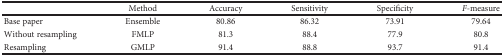
|  | Method | Accuracy | Sensitivity | Specificity | F-measure |
 | --- | --- | --- | --- | --- | --- |
 | Base paper | Ensemble | 80.86 | 86.32 | 73.91 | 79.64 |
 | Without resampling | FMLP | 81.3 | 88.4 | 77.9 | 80.8 |
 | Resampling | GMLP | 91.4 | 88.8 | 93.7 | 91.4 |